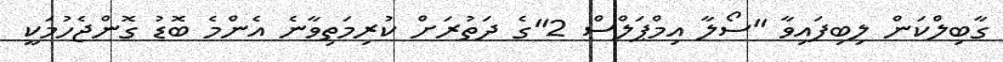
ގާބިލްކަން ލިބިފައިވާ "ސޯލާ އިމްޕަލްސް 2"ގެ ދަތުރަށް ކުރިމަތިވާނެ އެންމެ ބޮޑު ގޮންޖެހުމަކީ